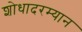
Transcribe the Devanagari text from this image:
शोधादरम्यान